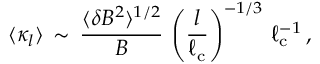
\langle { \kappa _ { l } } \rangle \, \sim \, \frac { \langle \delta B ^ { 2 } \rangle ^ { 1 / 2 } } { B } \, \left( \frac { l } { \ell _ { \mathrm { c } } } \right) ^ { - 1 / 3 } \, \ell _ { \mathrm { c } } ^ { - 1 } \, ,